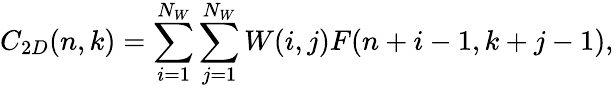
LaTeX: C_{2D}(n,k)=\sum_{i=1}^{N_{W}}\sum_{j=1}^{N_{W}}W(i,j)F(n+i-1,k+j-1),